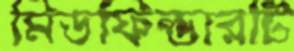
মিডফিল্ডারটি